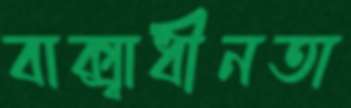
বাক্স্বাধীনতা